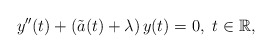
\begin{align*}y''(t)+(\tilde a(t)+\lambda)\, y(t)=0, \ t \in \mathbb{R},\end{align*}